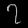
Digit: ၇